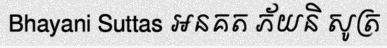
Bhayani Suttas អនគត ភ័យនិ សូត្រ